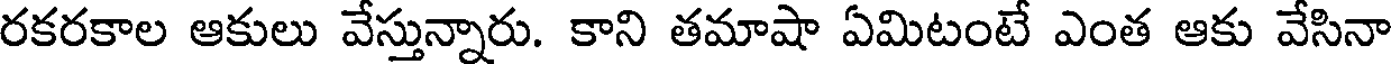
రకరకాల ఆకులు వేస్తున్నారు. కాని తమాషా ఏమిటంటే ఎంత ఆకు వేసినా